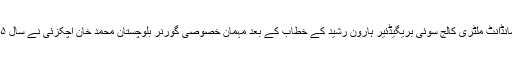
کمانڈانٹ ملٹری کالج سوئی بریگیڈئیر ہارون رشید کے خطاب کے بعد مہمانِ خصوصی گورنر بلوچستان محمد خان اچکزئی نے سال ۱۵۔